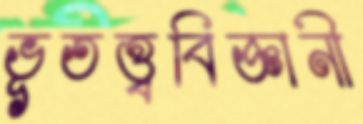
ভূতত্ত্ববিজ্ঞানী